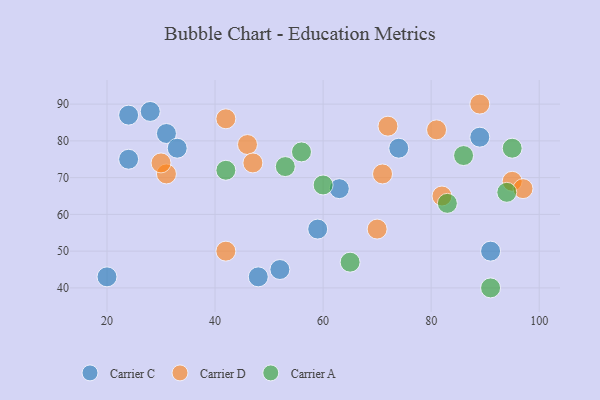
{"axis": {"x": "GDP", "y": "Life Expectancy"}, "legend": ["Carrier A", "Carrier C", "Carrier D"], "data": [{"x": "24", "y": 87, "type": "Carrier C"}, {"x": "48", "y": 43, "type": "Carrier C"}, {"x": "24", "y": 75, "type": "Carrier C"}, {"x": "74", "y": 78, "type": "Carrier C"}, {"x": "63", "y": 67, "type": "Carrier C"}, {"x": "89", "y": 81, "type": "Carrier C"}, {"x": "31", "y": 82, "type": "Carrier C"}, {"x": "59", "y": 56, "type": "Carrier C"}, {"x": "91", "y": 50, "type": "Carrier C"}, {"x": "28", "y": 88, "type": "Carrier C"}, {"x": "52", "y": 45, "type": "Carrier C"}, {"x": "33", "y": 78, "type": "Carrier C"}, {"x": "20", "y": 43, "type": "Carrier C"}, {"x": "46", "y": 79, "type": "Carrier D"}, {"x": "42", "y": 50, "type": "Carrier D"}, {"x": "42", "y": 86, "type": "Carrier D"}, {"x": "70", "y": 56, "type": "Carrier D"}, {"x": "31", "y": 71, "type": "Carrier D"}, {"x": "72", "y": 84, "type": "Carrier D"}, {"x": "81", "y": 83, "type": "Carrier D"}, {"x": "95", "y": 69, "type": "Carrier D"}, {"x": "47", "y": 74, "type": "Carrier D"}, {"x": "71", "y": 71, "type": "Carrier D"}, {"x": "30", "y": 74, "type": "Carrier D"}, {"x": "97", "y": 67, "type": "Carrier D"}, {"x": "82", "y": 65, "type": "Carrier D"}, {"x": "89", "y": 90, "type": "Carrier D"}, {"x": "86", "y": 76, "type": "Carrier A"}, {"x": "42", "y": 72, "type": "Carrier A"}, {"x": "60", "y": 68, "type": "Carrier A"}, {"x": "65", "y": 47, "type": "Carrier A"}, {"x": "83", "y": 63, "type": "Carrier A"}, {"x": "91", "y": 40, "type": "Carrier A"}, {"x": "95", "y": 78, "type": "Carrier A"}, {"x": "53", "y": 73, "type": "Carrier A"}, {"x": "94", "y": 66, "type": "Carrier A"}, {"x": "56", "y": 77, "type": "Carrier A"}]}